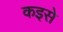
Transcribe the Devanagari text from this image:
कइसे